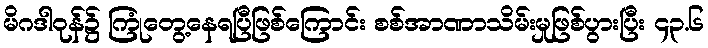
မိဂဒါဝုန်၌ ကြုံတွေ့နေရပြီဖြစ်ကြောင်း စစ်အာဏာသိမ်းမှုဖြစ်ပွားပြီး ၄၃.၆